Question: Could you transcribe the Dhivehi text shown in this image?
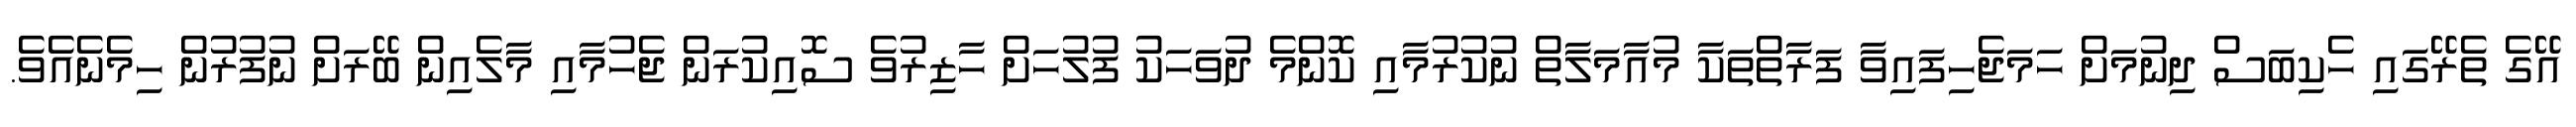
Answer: އޭގެ ތެރޭގައި ހެކިބަސް ދިނުމަށް ހަމަޖެހިފައިވާ ފަރާތްތަކާ މުއާމަލާތް ނުކުރުމާއި ކޮންމެ ދުވަހަކު ފުލުހަށް ހާޒިރުވެ ސޮއިކުރަން ޖެހުމާއި މާލެއިން ބޭރަށް ނުފުރުން ހިމެނެއެވެ.